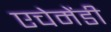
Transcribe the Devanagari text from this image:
एचेमेंडी